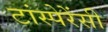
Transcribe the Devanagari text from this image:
टांस्पेरेंसी